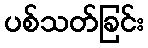
ပစ်သတ်ခြင်း